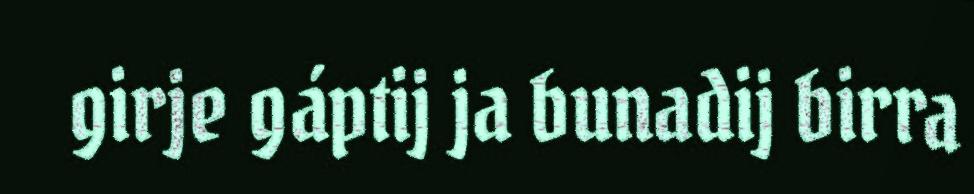
girje gáptij ja bunadij birra